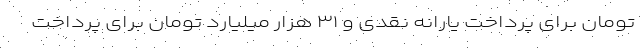
تومان برای پرداخت یارانه نقدی و ۳۱ هزار میلیارد تومان برای پرداخت